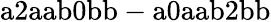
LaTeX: \mathrm{a2aab0bb-a0aab2bb}